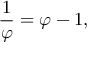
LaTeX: { \frac { 1 } { \varphi } } = \varphi - 1 ,